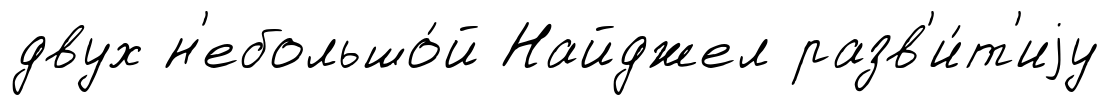
двух н'ебольшо́й Найджел разв'и́т'иjу